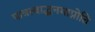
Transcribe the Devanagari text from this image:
पात्रत्वाद्धनमाप्नोति